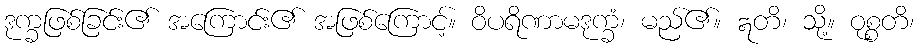
ဒုက္ခဖြစ်ခြင်း၏ အကြောင်း၏ အဖြစ်ကြောင့်။ ဝိပရိဏာမဒုက္ခံ၊ မည်၏။ ဣတိ၊ သို့။ ဝုစ္စတိ၊